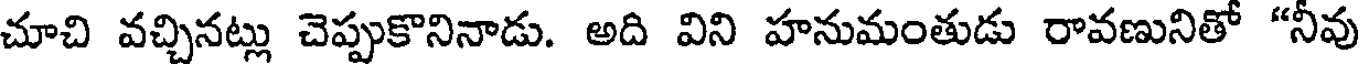
చూచి వచ్చినట్లు చెప్పుకొనినాడు. అది విని హనుమంతుడు రావణునితో "నీవు